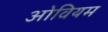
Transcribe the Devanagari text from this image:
ओवियम